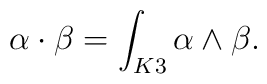
\alpha\cdot\beta=\int_{K3}\alpha\wedge \beta.